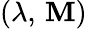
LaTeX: (\lambda,\, \mathbf{M})